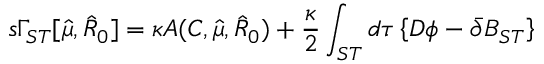
s \Gamma _ { S T } [ \hat { \mu } , \hat { R } _ { 0 } ] = \kappa { \cal A } ( C , \hat { \mu } , \hat { R } _ { 0 } ) + \frac { \kappa } { 2 } \int _ { S T } d \tau \left\{ D \phi - \bar { \partial } B _ { S T } \right\}